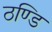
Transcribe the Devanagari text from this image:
ठण्डि